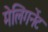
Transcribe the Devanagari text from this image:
मेलिगनेंट